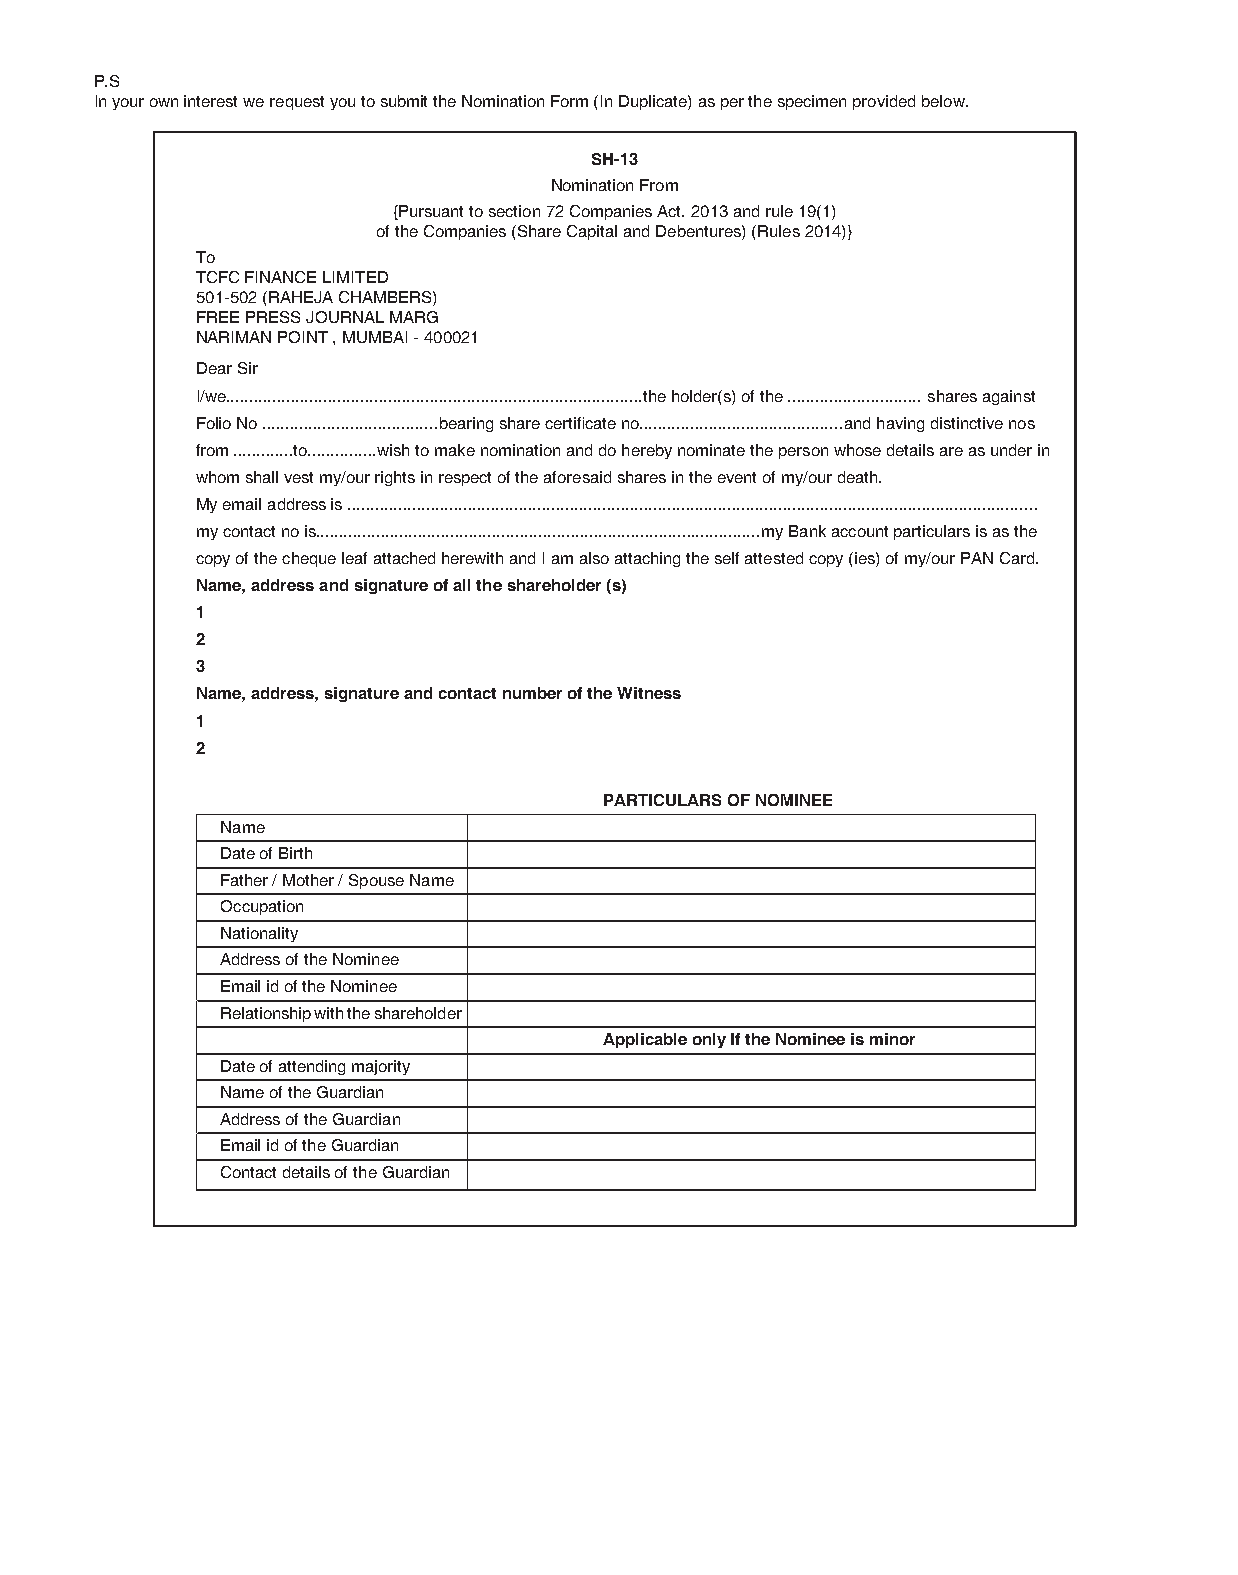
P.S
 In your own interest we request you to submit the Nomination Form (In Duplicate) as per the specimen provided below.
 SH-13
 Nomination From
 {Pursuant to section 72 Companies Act. 2013 and rule 19(1)
 of the Companies (Share Capital and Debentures) (Rules 2014)}
 To
 TCFC FINANCE LIMITED
 501-502 (RAHEJA CHAMBERS)
 FREE PRESS JOURNAL MARG
 NARIMAN POINT , MUMBAI - 400021
 Dear Sir
 I/we..........................................................................................the holder(s) of the ............................. shares against
 Folio No ......................................bearing share certificate no............................................and having distinctive nos
 from .............to...............wish to make nomination and do hereby nominate the person whose details are as under in
 whom shall vest my/our rights in respect of the aforesaid shares in the event of my/our death.
 My email address is .....................................................................................................................................................
 my contact no is................................................................................................my Bank account particulars is as the
 copy of the cheque leaf attached herewith and I am also attaching the self attested copy (ies) of my/our PAN Card.
 Name, address and signature of all the shareholder (s)
 1
 2
 3
 Name, address, signature and contact number of the Witness
 1
 2
 PARTICULARS OF NOMINEE
 Name
 Date of Birth
 Father / Mother / Spouse Name
 Occupation
 Nationality
 Address of the Nominee
 Email id of the Nominee
 Relationship with the shareholder
 Applicable only If the Nominee is minor
 Date of attending majority
 Name of the Guardian
 Address of the Guardian
 Email id of the Guardian
 Contact details of the Guardian